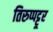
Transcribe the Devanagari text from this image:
तिरुप्पट्टूर